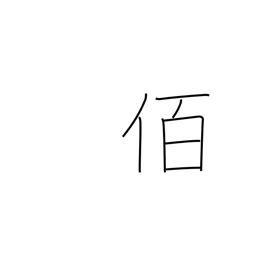
Meaning: leader of 100 men